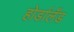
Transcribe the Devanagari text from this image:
होर्डालँड